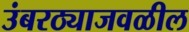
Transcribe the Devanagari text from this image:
उंबरठ्याजवळील